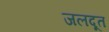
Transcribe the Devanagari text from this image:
जलदूत